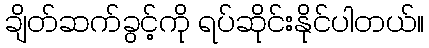
ချိတ်ဆက်ခွင့်ကို ရပ်ဆိုင်းနိုင်ပါတယ်။